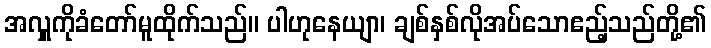
အလှူကိုခံတော်မူထိုက်သည်။ ပါဟုနေယျာ၊ ချစ်နှစ်လိုအပ်သောဧည့်သည်တို့၏